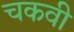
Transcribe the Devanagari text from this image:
चकवी